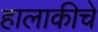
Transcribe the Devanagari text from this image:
हालाकीचे